Annual report on the health of the army in India
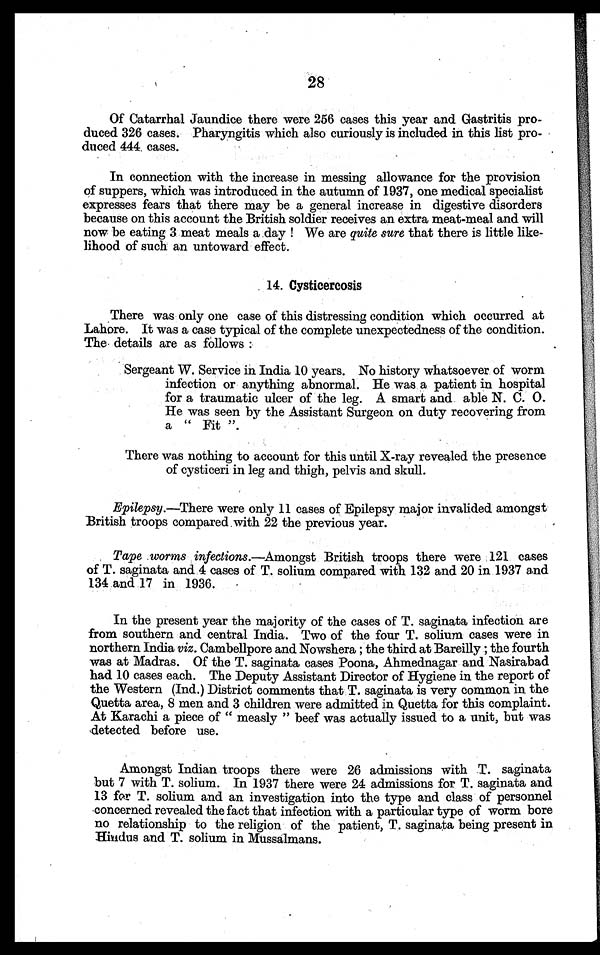
•
28
Of Catarrhal Jaundice there were 256 cases this year and Gastritis pro-
duced 326 cases. Pharyngitis which also curiously is included in this list pro-
duced 444 cases.
In connection with the increase in messing allowance for the provision
of suppers, which was introduced in the autumn of 1937, one medical specialist
expresses fears that there may be a general increase in digestive disorders
because on this account the British soldier receives an extra meat-meal and will
now be eating 3 meat meals a day ! We are quite sure that there is little like-
lihood of such an untoward effect.
14. Cysticercosis
There was only one case of this distressing condition which occurred at
Lahore. It was a case typical of the complete unexpectedness of the condition.
The details are as follows :
Sergeant W. Service in India 10 years. No history whatsoever of worm
infection or anything abnormal. He was a patient in hospital
for a traumatic ulcer of the leg. A smart and able N. C. 0.
He was seen by the Assistant Surgeon on duty recovering from
a " Fit ".
There was nothing to account for this until X-ray revealed the presence
of cysticeri in leg and thigh, pelvis and skull.
Epilepsy.—There were only 11 cases of Epilepsy major invalided amongst
British troops compared with 22 the previous year.
Tape worms infections .—Amongst British troops there were 121 cases
of T. saginata and 4 cases of T. solium compared with 132 and 20 in 1937 and
134 and 17 in 1936.
In the present year the majority of the cases of T. saginata infection are
from southern and central India. Two of the four T. solium cases were in
northern India viz. Cambellpore and Nowshera ; the third at Bareilly ; the fourth
was at Madras. Of the T. saginata cases Poona, Ahmednagar and Nasirabad
had 10 cases each. The Deputy Assistant Director of Hygiene in the report of
the Western (Ind.) District comments that T. saginata is very common in the
Quetta area, 8 men and 3 children were admitted in Quetta for this complaint.
At Karachi a piece of " measly " beef was actually issued to a unit, but was
detected before use.
Amongst Indian troops there were 26 admissions with T. saginata
but 7 with T. solium. In 1937 there were 24 admissions for T. saginata and
13 far T. solium and an investigation into the type and class of personnel
concerned revealed the fact that infection with a particular type of worm bore
no relationship to the religion of the patient, T. saginata being present in
Hindus and T. solium in Mussalmans.